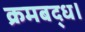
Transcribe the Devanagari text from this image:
क्रमबद्ध।